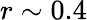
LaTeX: r\sim 0.4